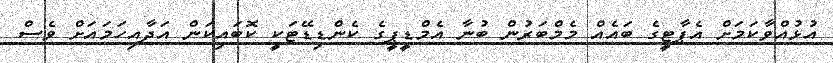
އުޅުއްވާކަމަށް އެޕާޓީގެ ބައެއް މެމްބަރުން ބުނާ އެމްޑީޕީގެ ކެންޑިޑޭޓަކީ ކޮބައިކަން އަދާއިހަމައަށް ވެސް